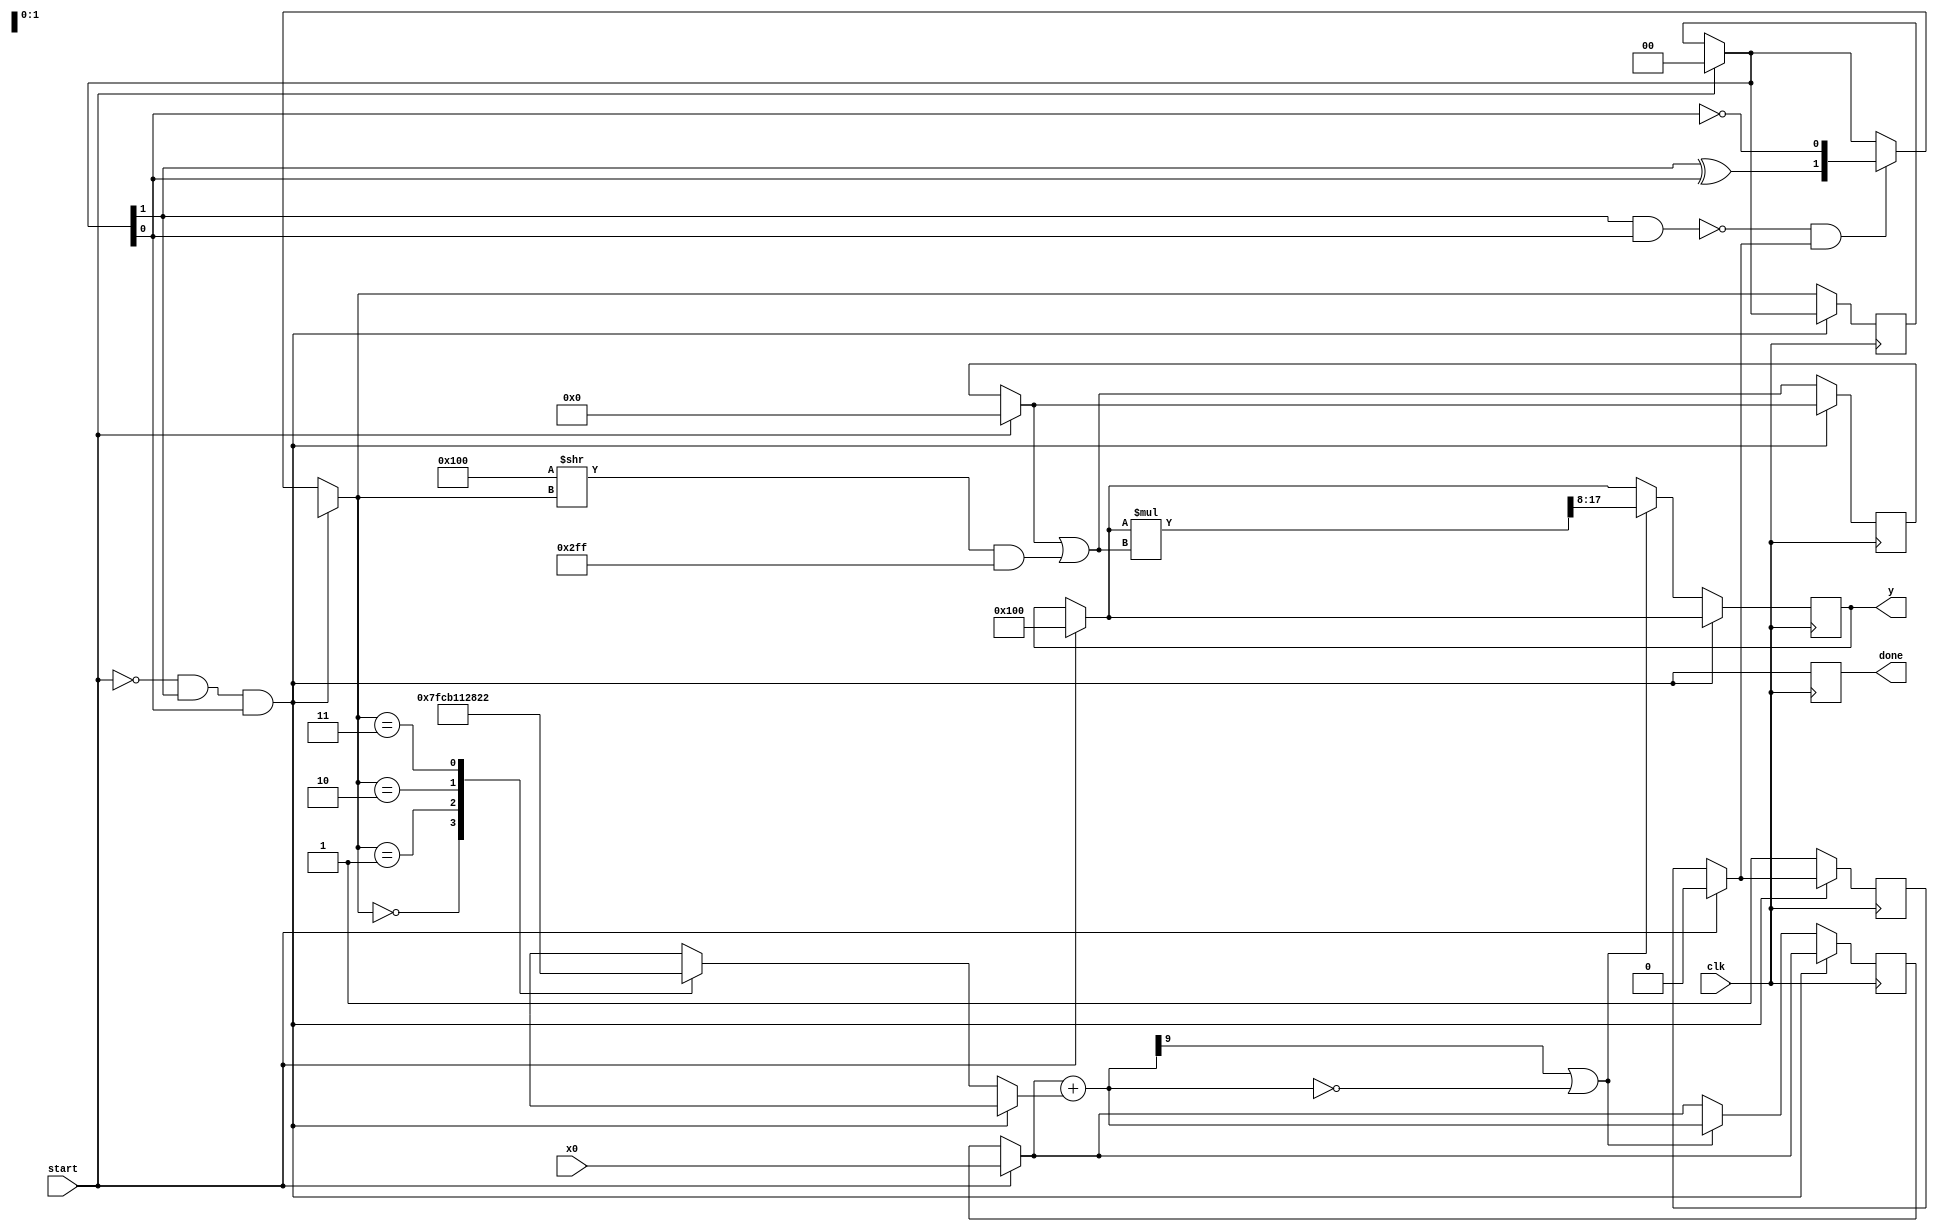
module expon(
  input [9:0] x0, 			//10 bits: 1 para signed, 1 para > ou < que 1, 8 para decimais
  input wire clk, start,
  output reg [9:0] y, 
  output reg done
);
	
  localparam numberOne = 10'b0100000000;
  
  reg [9:0] D;
  reg [9:0] x;
  reg [1:0] address;
  reg [1:0] next_address;
  reg [9:0] lookupLn;
  reg [9:0] y_sum;
  reg [18:0] multp_y;
  reg advanceAddr;
  
  always @(posedge clk)
    begin
	 if(start)
		begin
			address = 0;
			x = x0;
			y = numberOne;   //numberOne
		  
			advanceAddr = 0;
			y_sum = 0; 
		end
		
		done = (~start)&address[1]&address[0];
		
      if(!done)
      begin
		  next_address[0] = ~address[0];   //next_address = address + 1
		  next_address[1] = address[1]^address[0];
		  
		  if(!(address[1]&address[0]) && advanceAddr)
		  begin
			address = next_address;
		  end
		  
		  case(address)
			  2'b00: lookupLn = 10'b0111111111; //Maior positivo
			  2'b01: lookupLn = 10'b0010110001;//10'b1101001111;  //Complemento de 2 de 10'b0010110001 (v0 = -0.6931; //ln(0.5))
			  2'b10: lookupLn = 10'b0001001010;//10'b1110110110;  //Complemento de 2 de 0001001010 (v1 = -0.2877;   //ln(0.75))
			  2'b11: lookupLn = 10'b0000100010;//10'b1111011110;	 //Complemento de 2 de 0000100010 (v2 = -0.1335;   //ln(0.875))
		  endcase	
		
		D = x + lookupLn;
		
		y_sum = y_sum | ((numberOne >> address) & ~numberOne); 
      if(D[9] || D==0)
      begin
      	x = D;
			multp_y = y*y_sum;
      	y = multp_y[17:8]; //15  0.5 (parece certo)
      end
		   advanceAddr = 1;
		end
    end
	 
endmodule

`timescale 1 ns/10 ps  // time-unit = 1 ns, precision = 10 ps

module expon_tb;

  	reg [9:0] x0;
   reg clk;
   reg start;
  
  	wire signed [9:0] y;
   wire done;
	
	localparam SF = 2.0**-8.0;
	 
  	//O seguinte mdulo apenas calcula expon para x entre -1.24 e 0.
  	expon UUT (.x0(x0), .clk(clk), .start(start), .y(y), .done(done));
	 
	always #5 clk = ~clk;
    initial begin
      //x0 = 10'b1100000000;    //-1 complemento de 2 de 0100000000 (numberOne)
										//Sada esperada: aprox. 10'b 00_01011110,
		x0 = 10'b1110000000;		//-0.5 (complemento de 2)
				
		//x0 = 10'b1011100110;    //-1.1 complemento de 2 de 10'b0100011010
			
		//x0 = 10'b0000000000;    //0
										
      clk = 0;
      start = 1;
		#6
		start= 0;
      #60
      
      $display("[$display] data=%4f", $itor(y*SF));  
    
    end

endmodule